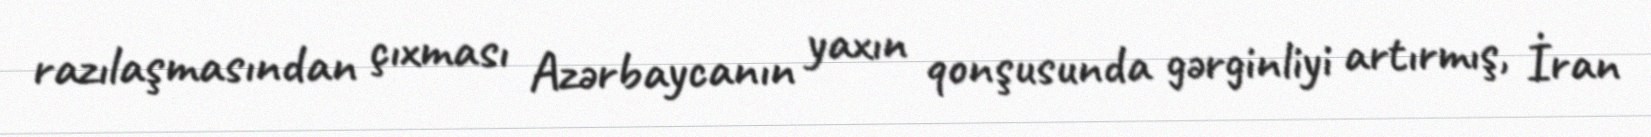
razılaşmasından çıxması Azərbaycanın yaxın qonşusunda gərginliyi artırmış, İran